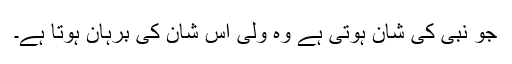
جو نبی کی شان ہوتی ہے وہ ولی اس شان کی برہان ہوتا ہے۔